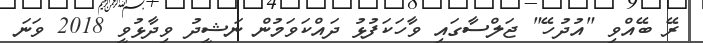
ރޭ ބޭއްވި "އުދުހޭ" ޖަލްސާގައި ވާހަކަފުޅު ދައްކަވަމުން ނަޝީދު ވިދާޅުވީ 2018 ވަނަ